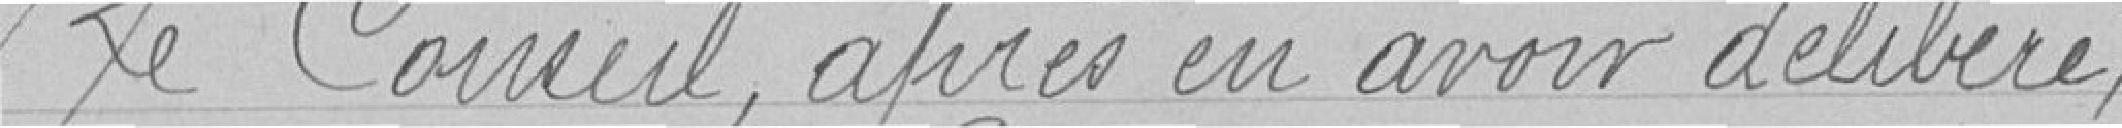
Le Conseil, après en avoir délibéré